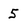
Character: 5